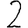
Digit: 2